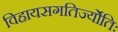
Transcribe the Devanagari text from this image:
विहायसगतिर्ज्योतिः